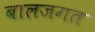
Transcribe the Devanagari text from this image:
बालजगत